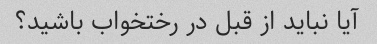
آیا نباید از قبل در رختخواب باشید؟